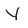
Character: y